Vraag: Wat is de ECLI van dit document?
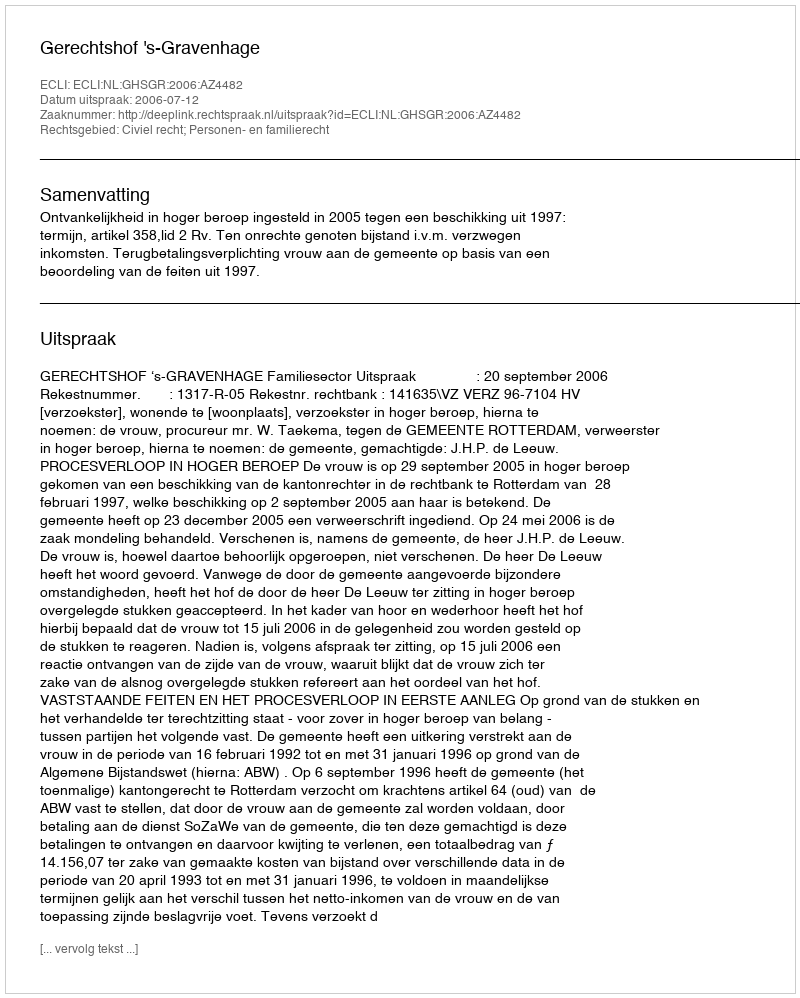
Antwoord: ECLI:NL:GHSGR:2006:AZ4482